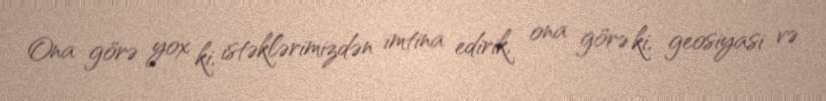
Ona görə yox ki, istəklərimizdən imtina edirik, ona görə ki, geosiyasi və